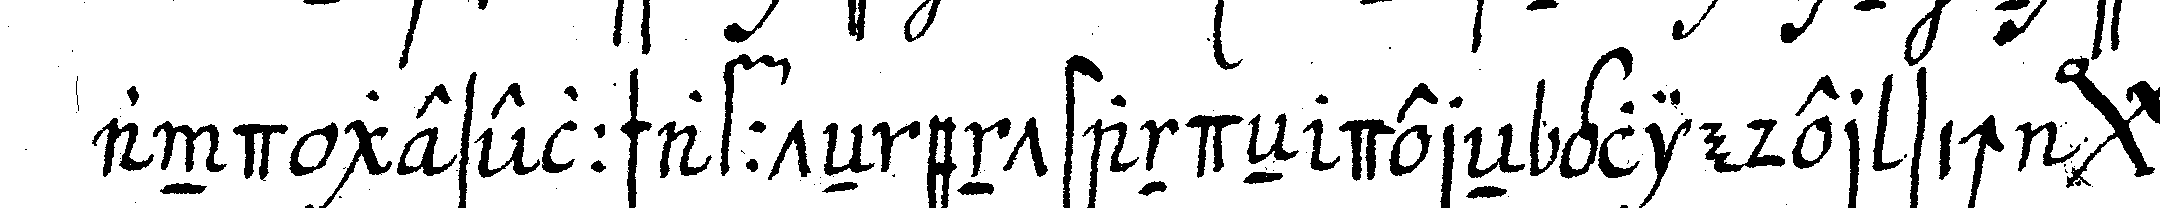
and gesellschaffteN entstandeN dereN glieder sich *bigx*